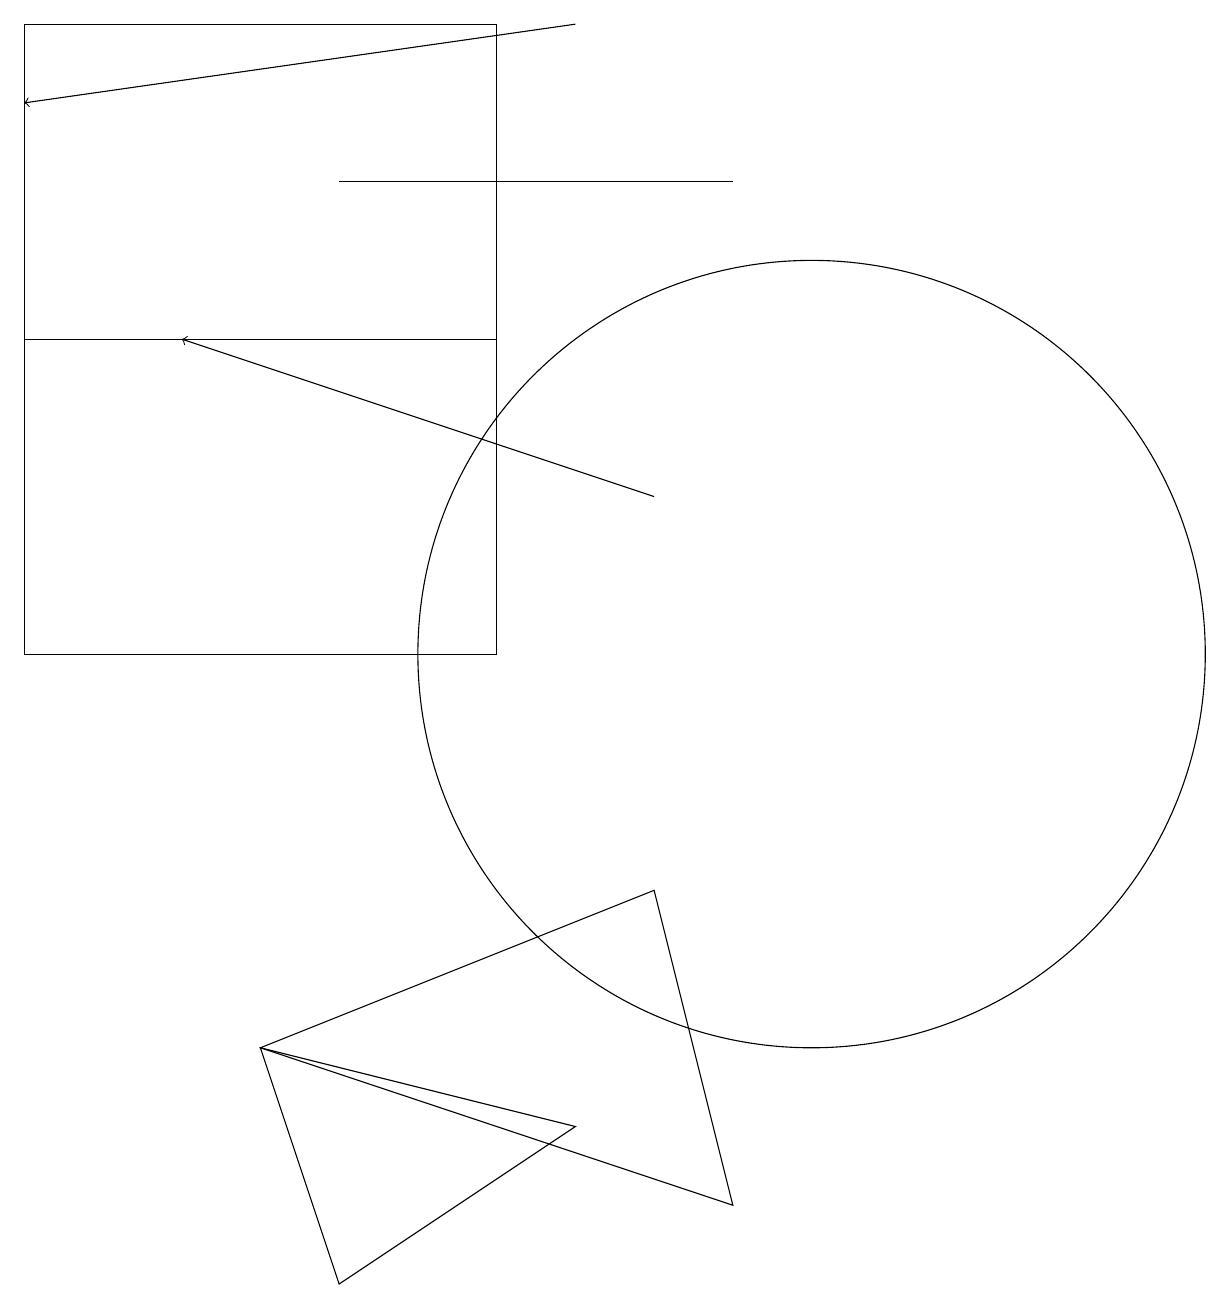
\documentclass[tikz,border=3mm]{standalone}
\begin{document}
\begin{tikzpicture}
\draw (6,14) rectangle (0,14);
\draw (3,5) -- (7,4) -- (4,2) -- cycle;
\draw[->] (8,12) -- (2,14);
\draw (9,16) rectangle (4,16);
\draw[->] (7,18) -- (0,17);
\draw (10,10) circle (5);
\draw (3,5) -- (9,3) -- (8,7) -- cycle;
\draw (6,18) rectangle (0,10);
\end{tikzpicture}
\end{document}